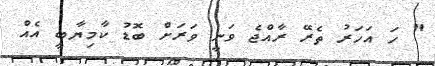
" ހަ އަހަރު ތެރޭ ރާއްޖެ ވަނީ ވަރަށް ބޮޑު ކާމިޔާބީ އެއް